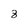
Character: 8